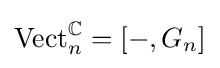
\operatorname {Vect} _{n}^{\mathbb {C} }=[-,G_{n}]